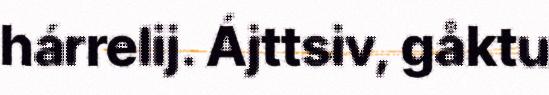
hárrelij. Ájttsiv, gåktu